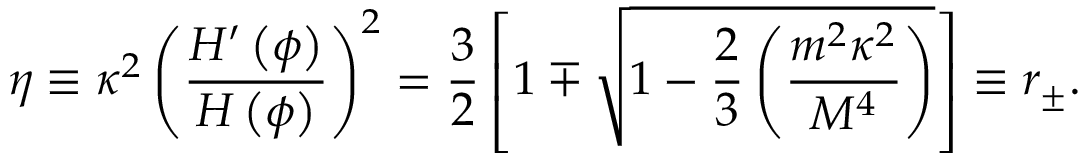
\eta \equiv \kappa ^ { 2 } \left( { \frac { H ^ { \prime } \left( \phi \right) } { H \left( \phi \right) } } \right) ^ { 2 } = { \frac { 3 } { 2 } } \left[ 1 \mp \sqrt { 1 - { \frac { 2 } { 3 } } \left( { \frac { m ^ { 2 } \kappa ^ { 2 } } { M ^ { 4 } } } \right) } \right] \equiv r _ { \pm } .